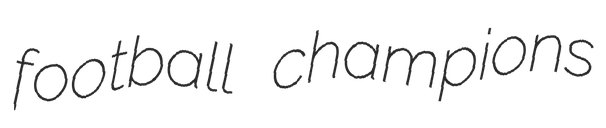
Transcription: football champions